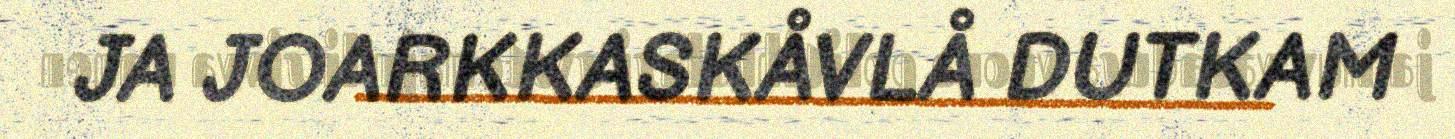
JA JOARKKASKÅVLÅ DUTKAM